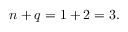
n + q = 1 + 2 = 3 .